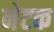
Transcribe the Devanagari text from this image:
नेटक